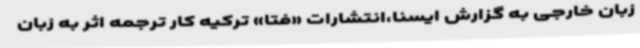
زبان خارجی به گزارش ایسنا،انتشارات «فتا» ترکیه کار ترجمه اثر به زبان